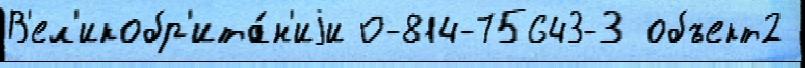
В'ел'икобр'ита́н'иjи 0-814-75643-3 объект2